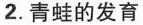
2.青蛙的发育